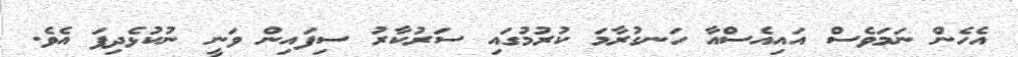
އެހެން ނަމަވެސް އައިއެސްއާ ހަނގުރާމަ ކުރުމުގައި ސަރުކާރު ސިފައިން ވަނީ ނުކުޅެދިފަ އެވެ.